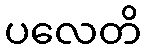
ပလေတိ